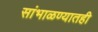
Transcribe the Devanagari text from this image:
सांभाळण्यातही